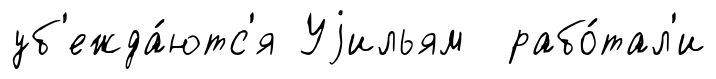
уб'ежда́ютс'я Уjильям рабо́тал'и